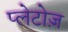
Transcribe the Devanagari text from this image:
प्लेटोज़